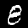
Digit: 8